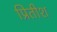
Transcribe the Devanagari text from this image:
प्रितीश